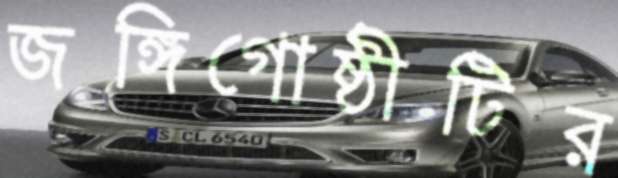
জঙ্গিগোষ্ঠীটির